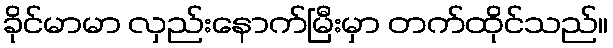
ခိုင်မာမာ လှည်းနောက်မြီးမှာ တက်ထိုင်သည်။